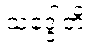
သဒ္ဒေါတိ